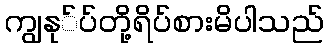
ကျွနု်ပ်တို့ရိပ်စားမိပါသည်